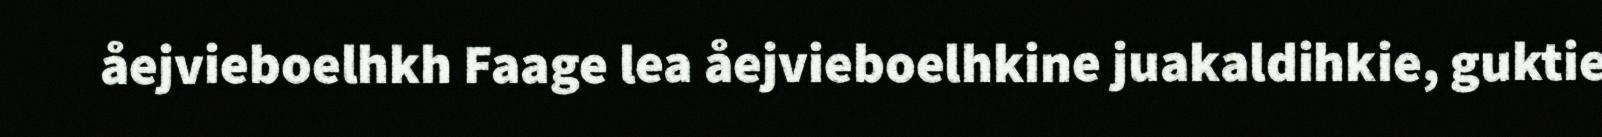
åejvieboelhkh Faage lea åejvieboelhkine juakaldihkie, guktie